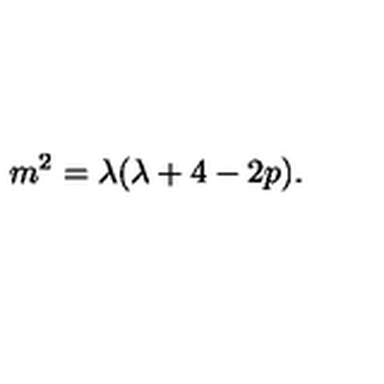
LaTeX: m ^ { 2 } = \lambda ( \lambda + 4 - 2 p ) .